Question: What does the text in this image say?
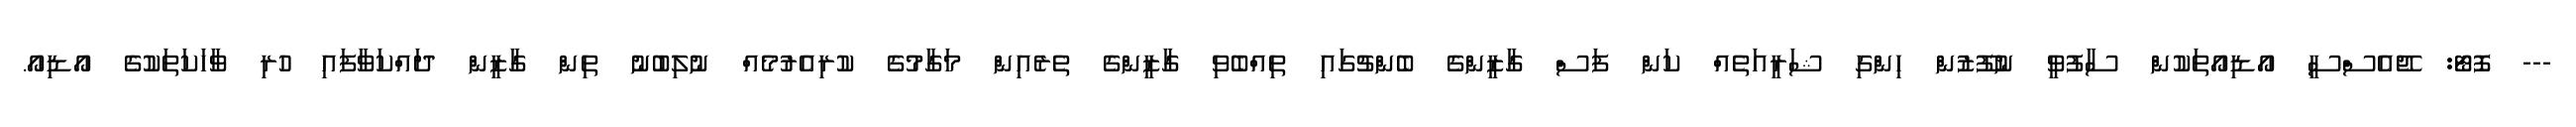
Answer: --- ފޮޓޯ: ޖޭއެސްސީ އޯޑިއޯތަކުން ސާފުވީ ނުފޫޒުން ހިންގި ޝަރީއަތެއް ކަން ފަސް ގާޒީންގެ ބެންޗުގައި ތިއްބެވި ގާޒީންގެ ތެރެއިން މަގާމުގެ ކުރިއެރުމެއް ނުލިބުނު ތިން ގާޒީން ދައްކަވާފައި ހުރި ވާހަކަތަކުގެ އޯޑިއޯ.